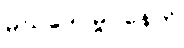
မဃဒေဝမ္ဗဝနေတိ